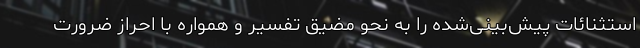
استثنائات پیش‌بینی‌شده را به نحو مضیق تفسیر و همواره با احراز ضرورت